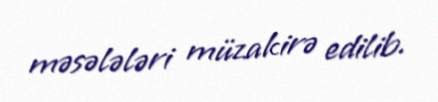
məsələləri müzakirə edilib.